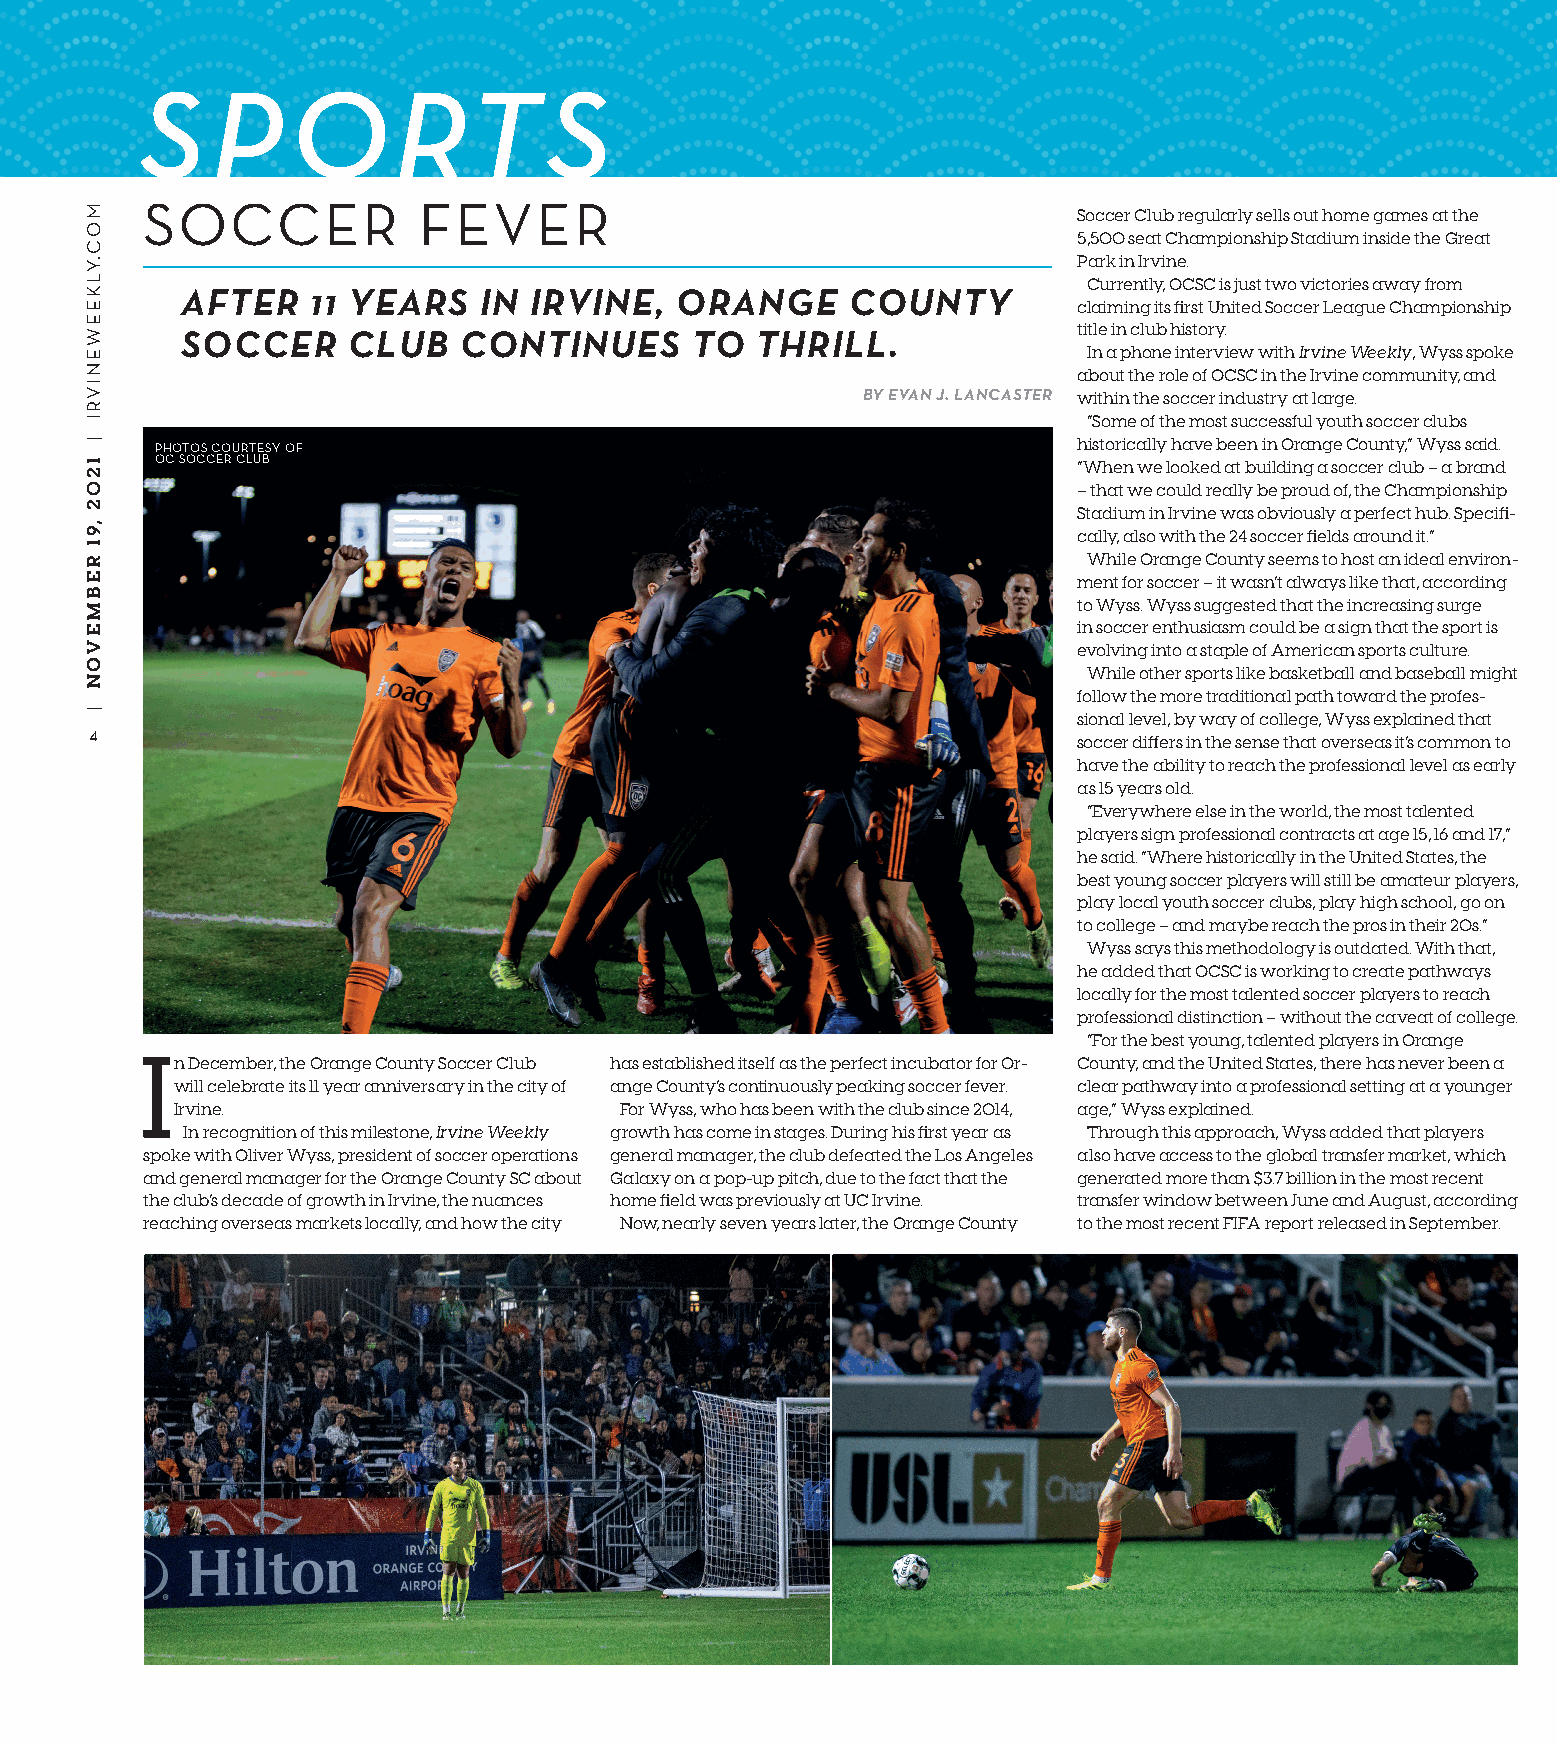
SP        ORT              S
 SOCCER             FEVER
 Soccer Club regularly sells out home games at the
 5,500 seat Championship Stadium inside the Great
 Park in Irvine.
 Currently, OCSC is just two victories away from
 AFTER    11 YEARS   IN IRVINE,   ORANGE     COUNTY
 claiming its first United Soccer League Championship
 title in club history.
 SOCCER     CLUB   CONTINUES       TO  THRILL.
 In a phone interview with Irvine Weekly, Wyss spoke
 about the role of OCSC in the Irvine community, and
 BY EVAN J. LANCASTER within the soccer industry at large.
 “Some of the most successful youth soccer clubs
 PHOTOS COURTESY OF                                           historically have been in Orange County,” Wyss said.
 OC SOCCER CLUB                                               “When we looked at building a soccer club – a brand
 – that we could really be proud of, the Championship
 Stadium in Irvine was obviously a perfect hub. Specifi-
 cally, also with the 24 soccer fields around it.”
 While Orange County seems to host an ideal environ-
 ment for soccer – it wasn’t always like that, according
 to Wyss. Wyss suggested that the increasing surge
 in soccer enthusiasm could be a sign that the sport is
 evolving into a staple of American sports culture.
 While other sports like basketball and baseball might
 follow the more traditional path toward the profes-
 sional level, by way of college, Wyss explained that
 4
 soccer differs in the sense that overseas it’s common to
 have the ability to reach the professional level as early
 as 15 years old.
 “Everywhere else in the world, the most talented
 players sign professional contracts at age 15, 16 and 17,”
 he said. “Where historically in the United States, the
 best young soccer players will still be amateur players,
 play local youth soccer clubs, play high school, go on
 to college – and maybe reach the pros in their 20s.”
 Wyss says this methodology is outdated. With that,
 he added that OCSC is working to create pathways
 locally for the most talented soccer players to reach
 professional distinction – without the caveat of college.
 “For the best young, talented players in Orange
 In December, the Orange County Soccer Club has established itself as the perfect incubator for Or- County, and the United States, there has never been a
 will celebrate its 11 year anniversary in the city of ange County’s continuously peaking soccer fever. clear pathway into a professional setting at a younger
 Irvine.                      For Wyss, who has been with the club since 2014, age,” Wyss explained.
 In recognition of this milestone, Irvine Weekly growth has come in stages. During his first year as Through this approach, Wyss added that players
 spoke with Oliver Wyss, president of soccer operations general manager, the club defeated the Los Angeles also have access to the global transfer market, which
 and general manager for the Orange County SC about Galaxy on a pop-up pitch, due to the fact that the generated more than $3.7 billion in the most recent
 the club’s decade of growth in Irvine, the nuances home field was previously at UC Irvine. transfer window between June and August, according
 reaching overseas markets locally, and how the city Now, nearly seven years later, the Orange County to the most recent FIFA report released in September.
 MOC.YLKEEWENIVRI
 |
 1202
 ,91
 REBMEVON
 |